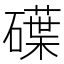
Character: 𥖢